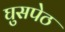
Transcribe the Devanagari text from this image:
घुसपेठ